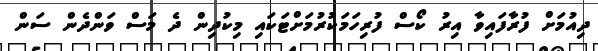
ދިއުމަށް ފުރާފައިވާ އިރު ކޯސް ފުރިހަމަކުރުމަށްޓަކައި މިކުދިން ދެ މަސް ވަންދެން ސަން